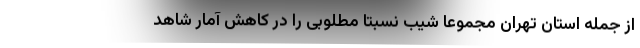
از جمله استان تهرانُ مجموعا شیب نسبتا مطلوبی را در کاهش آمار شاهد